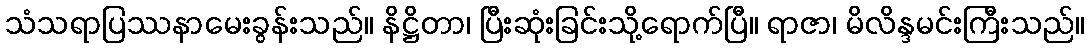
သံသရာပြဿနာမေးခွန်းသည်။ နိဋ္ဌိတာ၊ ပြီးဆုံးခြင်းသို့ရောက်ပြီ။ ရာဇာ၊ မိလိန္ဒမင်းကြီးသည်။